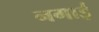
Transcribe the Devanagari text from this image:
नगाई